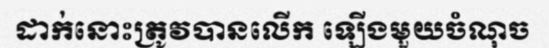
ដាក់នោះត្រូវបានលើក ឡើងមួយចំណុច